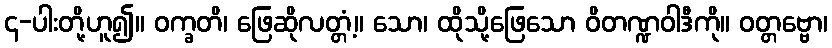
၄-ပါးတို့ဟူ၍။ ဝက္ခတိ၊ ဖြေဆိုလတ္တံ့။ သော၊ ထိုသို့ဖြေသော ဝိတဏ္ဍဝါဒီကို။ ဝတ္တဗ္ဗော၊